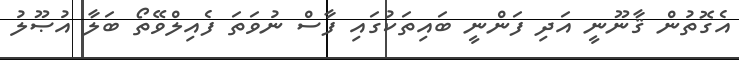
އެގޮތުން ޤާނޫނީ އަދި ފަންނީ ބައިތަކުގައި ފާސް ނުވަތަ ފެއިލްވޭތޯ ބަލާ އުޞޫލު